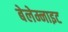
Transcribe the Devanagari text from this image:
बेलेम्नाइट